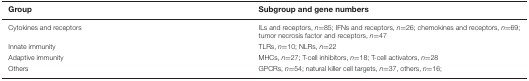
<table><thead><tr><td><b>Group</b></td><td><b>Subgroup and gene numbers</b></td></tr></thead><tbody><tr><td>Cytokines and receptors</td><td>ILs and receptors, <i>n</i>=85; IFNs and receptors, <i>n</i>=26; chemokines and receptors, <i>n</i>=69; tumor necrosis factor and receptors, <i>n</i>=47</td></tr><tr><td>Innate immunity</td><td>TLRs, <i>n</i>=10; NLRs, <i>n</i>=22</td></tr><tr><td>Adaptive immunity</td><td>MHCs, <i>n</i>=27; T-cell inhibitors, <i>n</i>=18; T-cell activators, <i>n</i>=28</td></tr><tr><td>Others</td><td>GPCRs, <i>n</i>=54; natural killer cell targets, <i>n</i>=37, others, <i>n</i>=16;</td></tr></tbody></table>